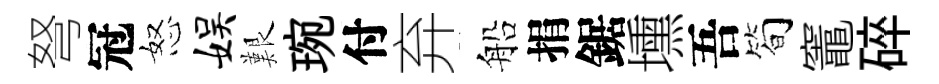
弩冠怒娱艱琬付弃船捐鋸壎吾简竈碎